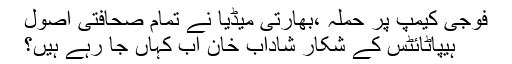
فوجی کیمپ پر حملہ ،بھارتی میڈیا نے تمام صحافتی اصول
ہیپاٹائٹس کے شکار شاداب خان اب کہاں جا رہے ہیں؟